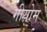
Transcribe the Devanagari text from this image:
गीयोम